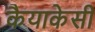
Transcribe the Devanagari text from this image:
कैयाकेसी